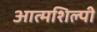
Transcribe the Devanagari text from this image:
आत्‍मशिल्‍पी